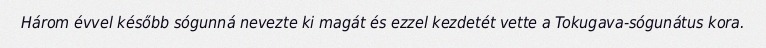
Három évvel később sógunná nevezte ki magát és ezzel kezdetét vette a Tokugava-sógunátus kora.